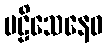
ဗဠိသေနေဝ